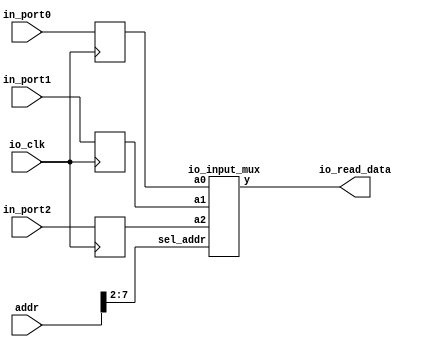
module io_input(addr, io_clk, io_read_data,
					in_port0, in_port1, in_port2);

	input 	[31:0] 		addr;
	input 				io_clk;
	input 	[31:0] 		in_port0,in_port1,in_port2;

	output 	[31:0] 		io_read_data;
	

	reg 	[31:0] 		in_reg0;		// input port 0
	reg 	[31:0] 		in_reg1;		// input port 1
	reg 	[31:0] 		in_reg2;		// input port 2

	io_input_mux io_input_mux2x32 (in_reg0, in_reg1, in_reg2,
				addr[7:2], io_read_data);
	
	always@(posedge io_clk)
	begin
		// input port is latched at io_clk positive edge
		in_reg0 <= in_port0;
		in_reg1 <= in_port1;
		// more ports if necessary
		in_reg2 <= in_port2;
	end

	
endmodule 



module io_input_mux(a0, a1, a2, sel_addr, y);

	input 	[31:0] 		a0,a1,a2;
	input 	[5:0] 		sel_addr;

	output 	[31:0] 		y;


	reg 	[31:0] 		y;

	always @ *
	case (sel_addr)
		6'b100000: y = a0;
		6'b100001: y = a1;
		// more ports if necessary
		6'b100100: y = a2;		// 90h
		default: y = 32'h0;
	endcase
	
endmodule